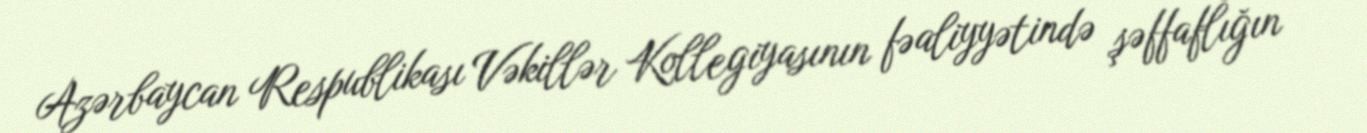
Azərbaycan Respublikası Vəkillər Kollegiyasının fəaliyyətində şəffaflığın